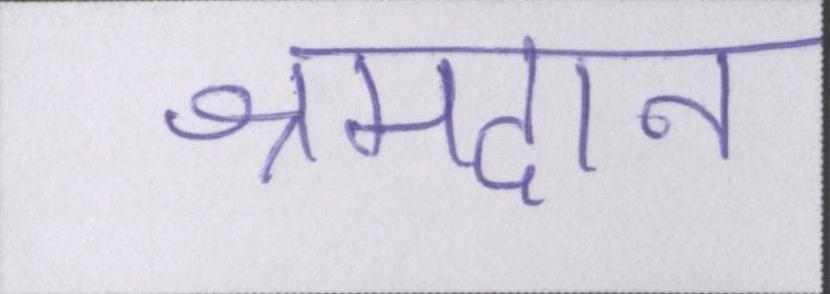
श्रमदान